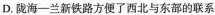
D. 陇海-兰新铁路方便了西北与东部的联系